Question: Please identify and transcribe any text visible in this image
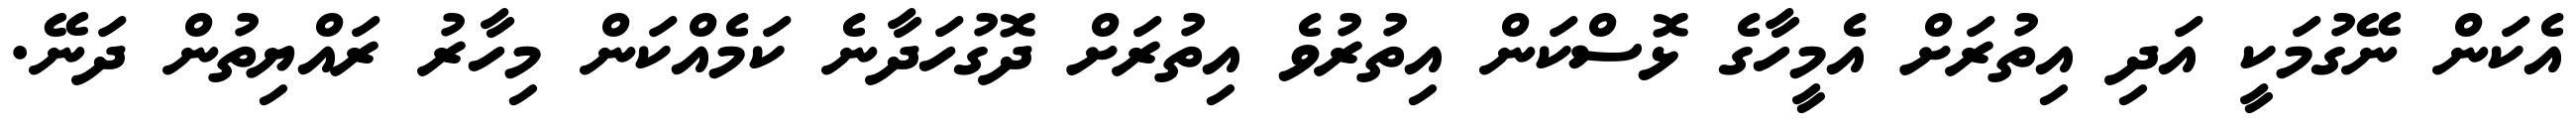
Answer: އެކަން ނޭގުމަކީ އަދި އިތުރަށް އެމީހާގެ ޅޮސްކަން އިތުރުވެ އިތުރަށް ދޮގުހަދާނެ ކަމެއްކަން މިހާރު ރައްޔިތުން ދަނޭ.